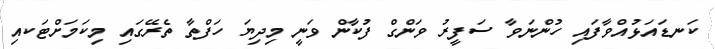
ކަނޑައަޅުއްވާފައި ހުންނަވާ ސަފީރު ވަންގް ފުކާން ވަނީ މިދިޔަ ހަފްތާ ތެރޭގައި މިކަމަށްޓަކއި